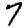
Digit: 7